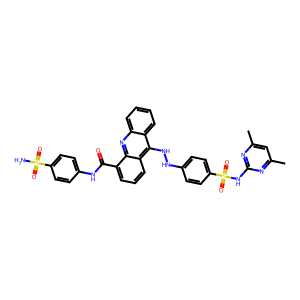
SMILES: Cc1cc(C)nc(NS(=O)(=O)c2ccc(NNc3c4ccccc4nc4c(C(=O)Nc5ccc(S(N)(=O)=O)cc5)cccc34)cc2)n1
Inhibits HIV replication: No